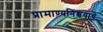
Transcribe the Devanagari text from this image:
प्रामाण्यनिश्चयाचे